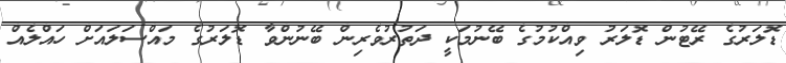
ޑޮލަރުގެ ރޭޓުން ޑޮލަރު ވިއްކުމުގެ ބޭނުމަކީ ދަތުރުވެރިން ބޭނުންވާ ޑޮލަރުގެ މައްސަލައަށް ހައްލެއް